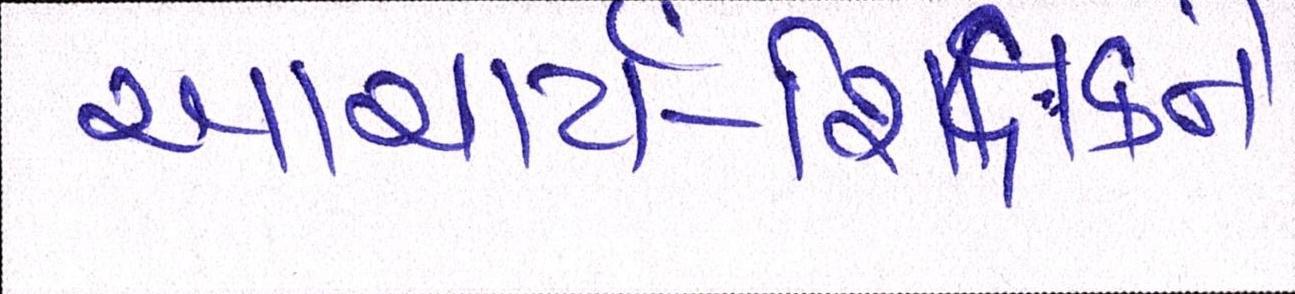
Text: આચાર્ય-શિક્ષકને